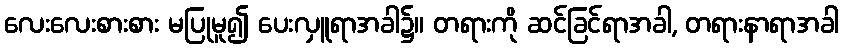
လေးလေးစားစား မပြုမူ၍ ပေးလှူရာအခါ၌။ တရားကို ဆင်ခြင်ရာအခါ, တရားနာရာအခါ